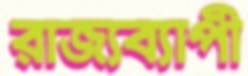
রাজ্যব্যাপী